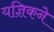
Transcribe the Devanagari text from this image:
यज्ञिकने